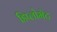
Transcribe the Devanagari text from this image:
डिप्लोमॅट